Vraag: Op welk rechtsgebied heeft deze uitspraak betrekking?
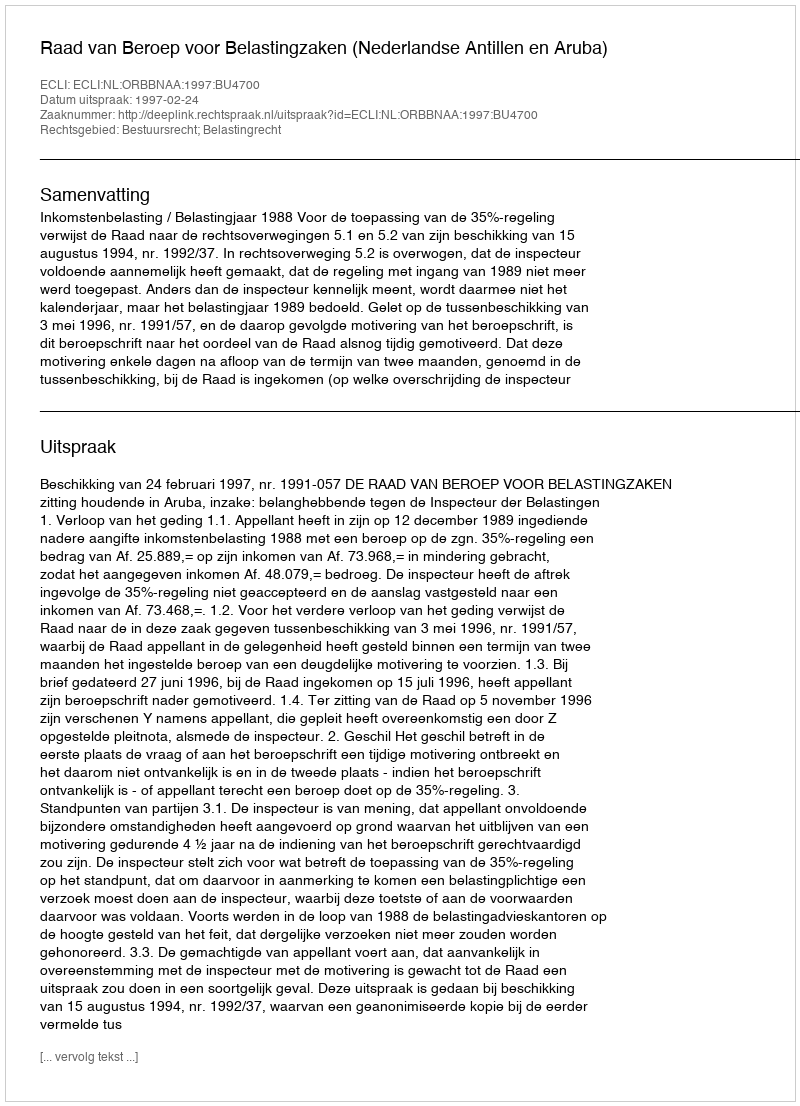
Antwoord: Bestuursrecht; Belastingrecht